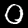
Digit: 0